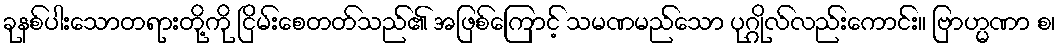
ခုနစ်ပါးသောတရားတို့ကို ငြိမ်းစေတတ်သည်၏ အဖြစ်ကြောင့် သမဏမည်သော ပုဂ္ဂိုလ်လည်းကောင်း။ ဗြာဟ္မဏာ စ၊